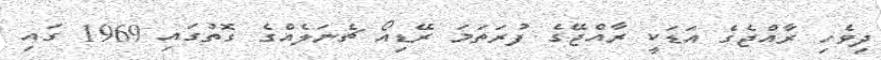
ދިވެހި ރާއްޖެގެ އަޑަކީ ރާއްޖޭގެ ފުރަތަމަ ރޭޑިއޯ ޗެނަލެއްގެ ގޮތުގައި 1969 ގައި